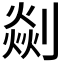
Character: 𠟡